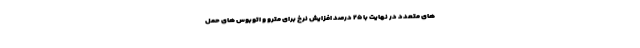
های متعدد در نهایت با ۲۵ درصد افزایش نرخ برای مترو و اتوبوس های حمل